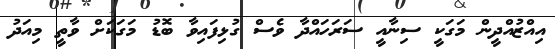
އިއްޒުއްދީން މަގަކީ ސިނާއީ ސަރަހައްދާ ވެސް ގުޅިފައިވާ ބޮޑު މަގަކަށް ވާތީ މިއަދު